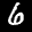
Label: 6